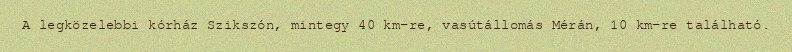
A legközelebbi kórház Szikszón, mintegy 40 km-re, vasútállomás Mérán, 10 km-re található.